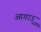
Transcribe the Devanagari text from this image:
आगाउु